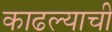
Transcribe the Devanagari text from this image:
काढल्याची